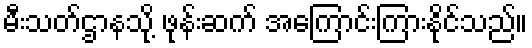
မီးသတ်ဌာနသို့ ဖုန်းဆက် အကြောင်းကြားနိုင်သည်။